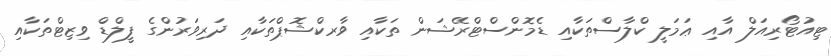
ޓިއުޓޯރިއަލް އާއި ޢަމަލީ ކްލާސްތަކާއި ޑެމޮންސްޓްރޭޝަން ތަކާއި ވާރކްޝޮޕްތަކާއި ދަރިވަރުންގެ ފީލްޑް ވިޒިޓްތަކާއި